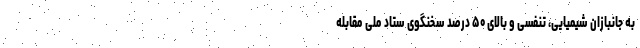
به جانبازان شیمیایی، تنفسی و بالای ۵۰ درصد سخنگوی ستاد ملی مقابله